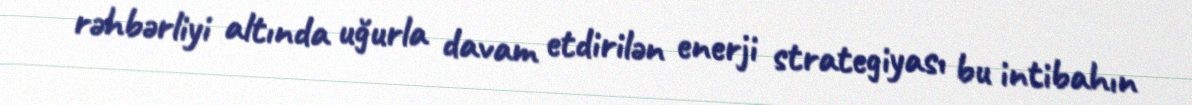
rəhbərliyi altında uğurla davam etdirilən enerji strategiyası bu intibahın